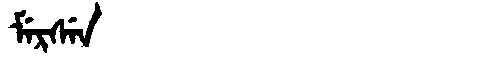
Manchu: ᠮᡝᡵᠰᡝᠨ
Romanization: MERSEN